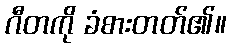
ဂီတကို ခံစားတတ်၏။